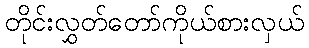
တိုင်းလွှတ်တော်ကိုယ်စားလှယ်